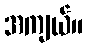
အကျယ်။